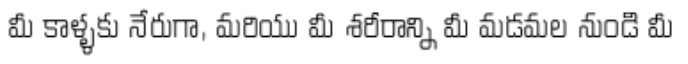
మీ కాళ్ళకు నేరుగా, మరియు మీ శరీరాన్ని మీ మడమల నుండి మీ